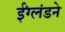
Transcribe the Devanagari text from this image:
ईंग्लंडने